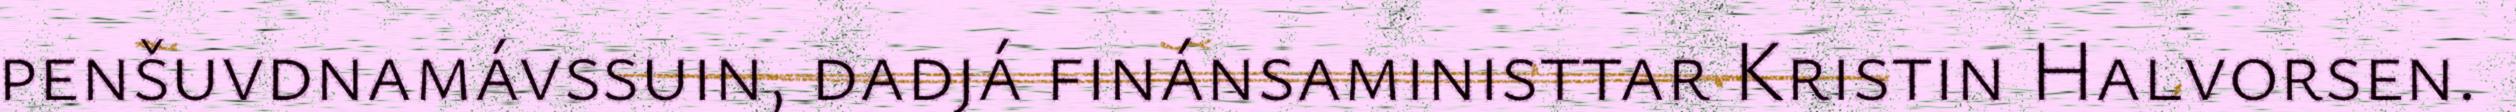
penšuvdnamávssuin, dadjá finánsaministtar Kristin Halvorsen.